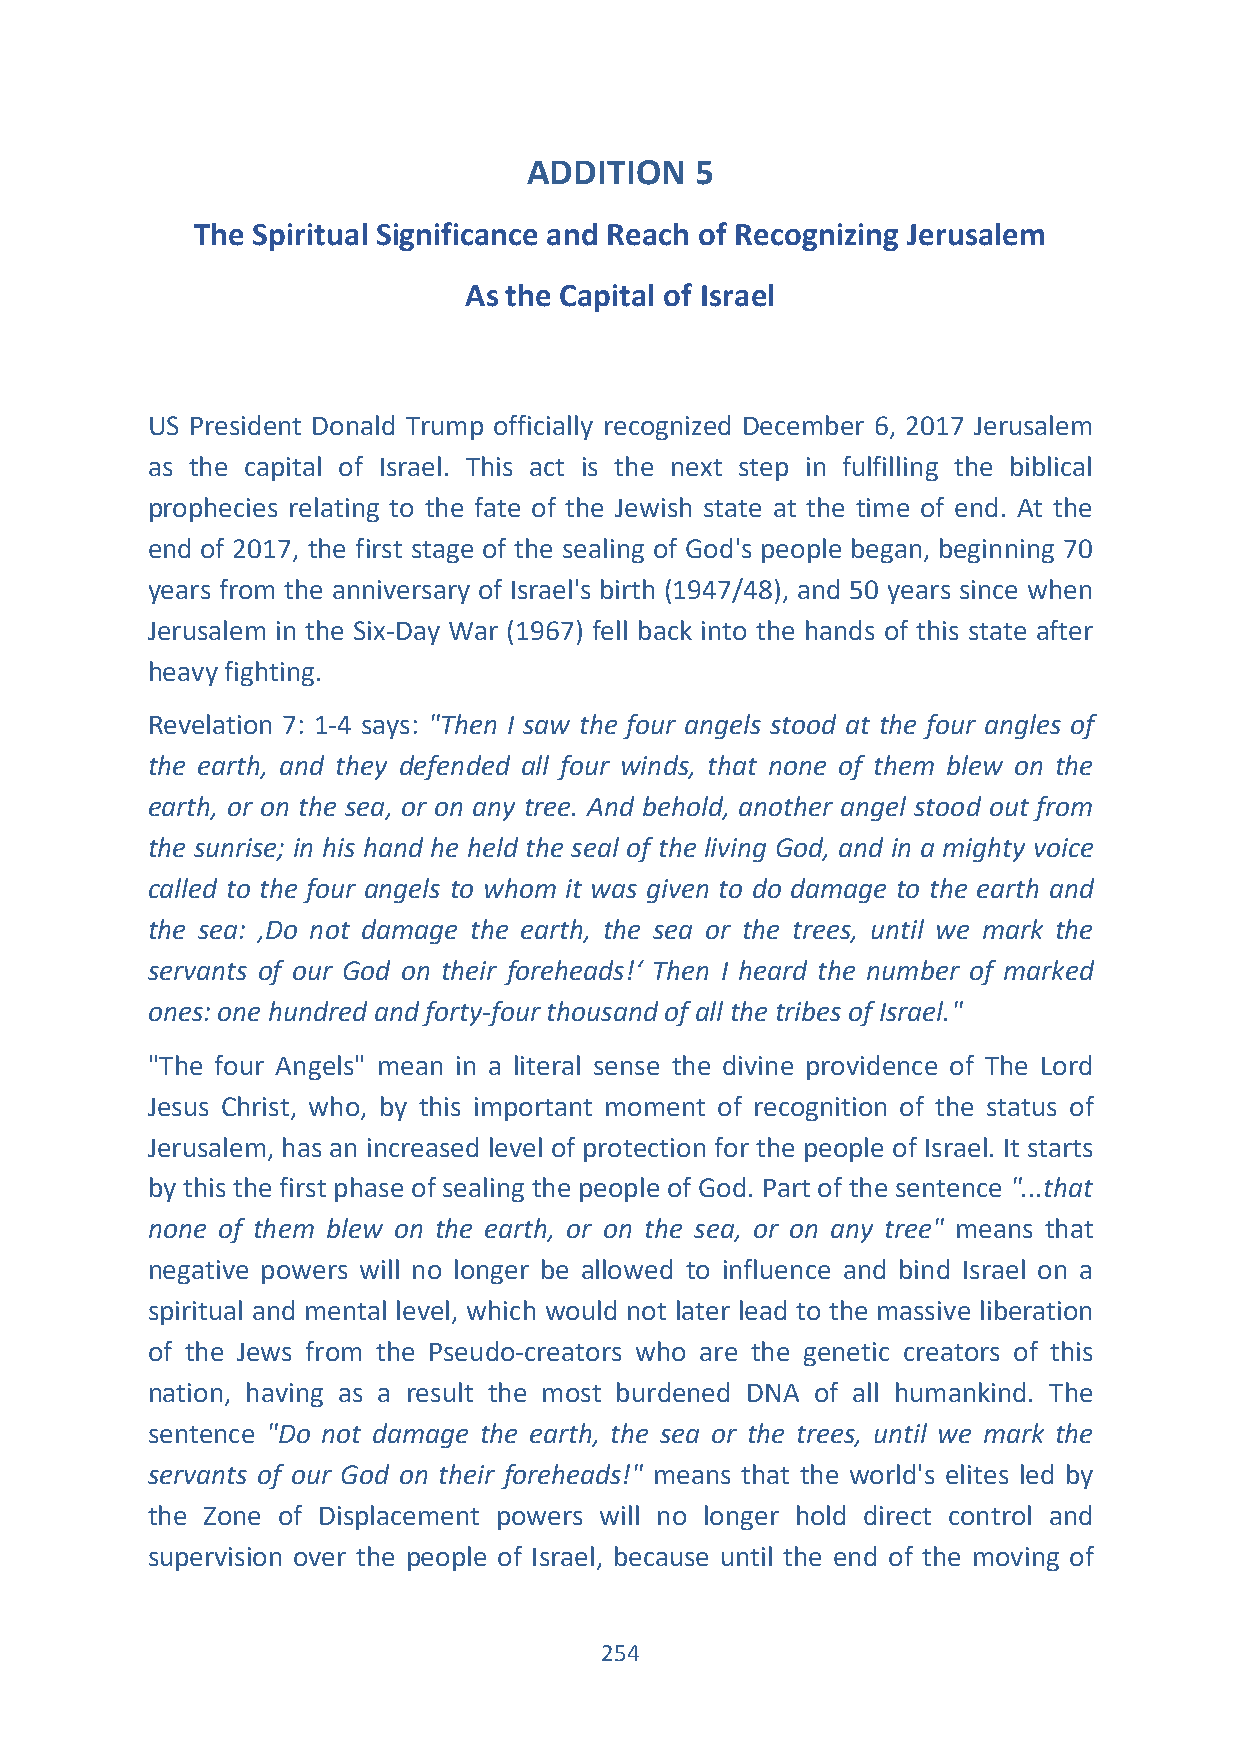
ADDITION   5
 The Spiritual Significance and Reach of Recognizing Jerusalem
 As the Capital of Israel
 US President Donald Trump officially recognized December 6, 2017 Jerusalem
 as the capital of Israel. This act is the next step in fulfilling the biblical
 prophecies relating to the fate of the Jewish state at the time of end. At the
 end of 2017, the first stage of the sealing of God's people began, beginning 70
 years from the anniversary of Israel's birth (1947/48), and 50 years since when
 Jerusalem in the Six-Day War (1967) fell back into the hands of this state after
 heavy fighting.
 Revelation 7: 1-4 says: "Then I saw the four angels stood at the four angles of
 the earth, and they defended all four winds, that none of them blew on the
 earth, or on the sea, or on any tree. And behold, another angel stood out from
 the sunrise; in his hand he held the seal of the living God, and in a mighty voice
 called to the four angels to whom it was given to do damage to the earth and
 the sea: ‚Do not damage the earth, the sea or the trees, until we mark the
 servants of our God on their foreheads!‘ Then I heard the number of marked
 ones: one hundred and forty-four thousand of all the tribes of Israel."
 "The four Angels" mean in a literal sense the divine providence of The Lord
 Jesus Christ, who, by this important moment of recognition of the status of
 Jerusalem, has an increased level of protection for the people of Israel. It starts
 by this the first phase of sealing the people of God. Part of the sentence "...that
 none of them blew on the earth, or on the sea, or on any tree" means that
 negative powers will no longer be allowed to influence and bind Israel on a
 spiritual and mental level, which would not later lead to the massive liberation
 of the Jews from the Pseudo-creators who are the genetic creators of this
 nation, having as a result the most burdened DNA of all humankind. The
 sentence "Do not damage the earth, the sea or the trees, until we mark the
 servants of our God on their foreheads!" means that the world's elites led by
 the Zone of Displacement powers will no longer hold direct control and
 supervision over the people of Israel, because until the end of the moving of
 254